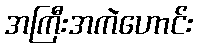
အကြီးအကဲဟောင်း